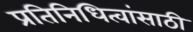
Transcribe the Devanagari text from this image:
प्रतिनिधित्वांसाठी